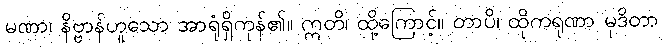
မဏာ၊ နိဗ္ဗာန်ဟူသော အာရုံရှိကုန်၏။ ဣတိ၊ ထို့ကြောင့်။ တာပိ၊ ထိုကရုဏာ မုဒိတာ